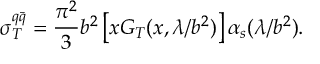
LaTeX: \sigma _ { T } ^ { q \bar { q } } = \frac { \pi ^ { 2 } } { 3 } b ^ { 2 } \left[ x G _ { T } ( x , \lambda / b ^ { 2 } ) \right] \alpha _ { s } ( \lambda / b ^ { 2 } ) .